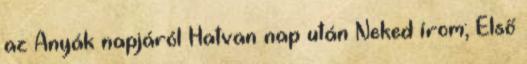
az Anyák napjáról Hatvan nap után Neked írom; Első